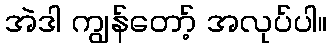
အဲဒါ ကျွန်တော့် အလုပ်ပါ။